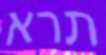
תרא